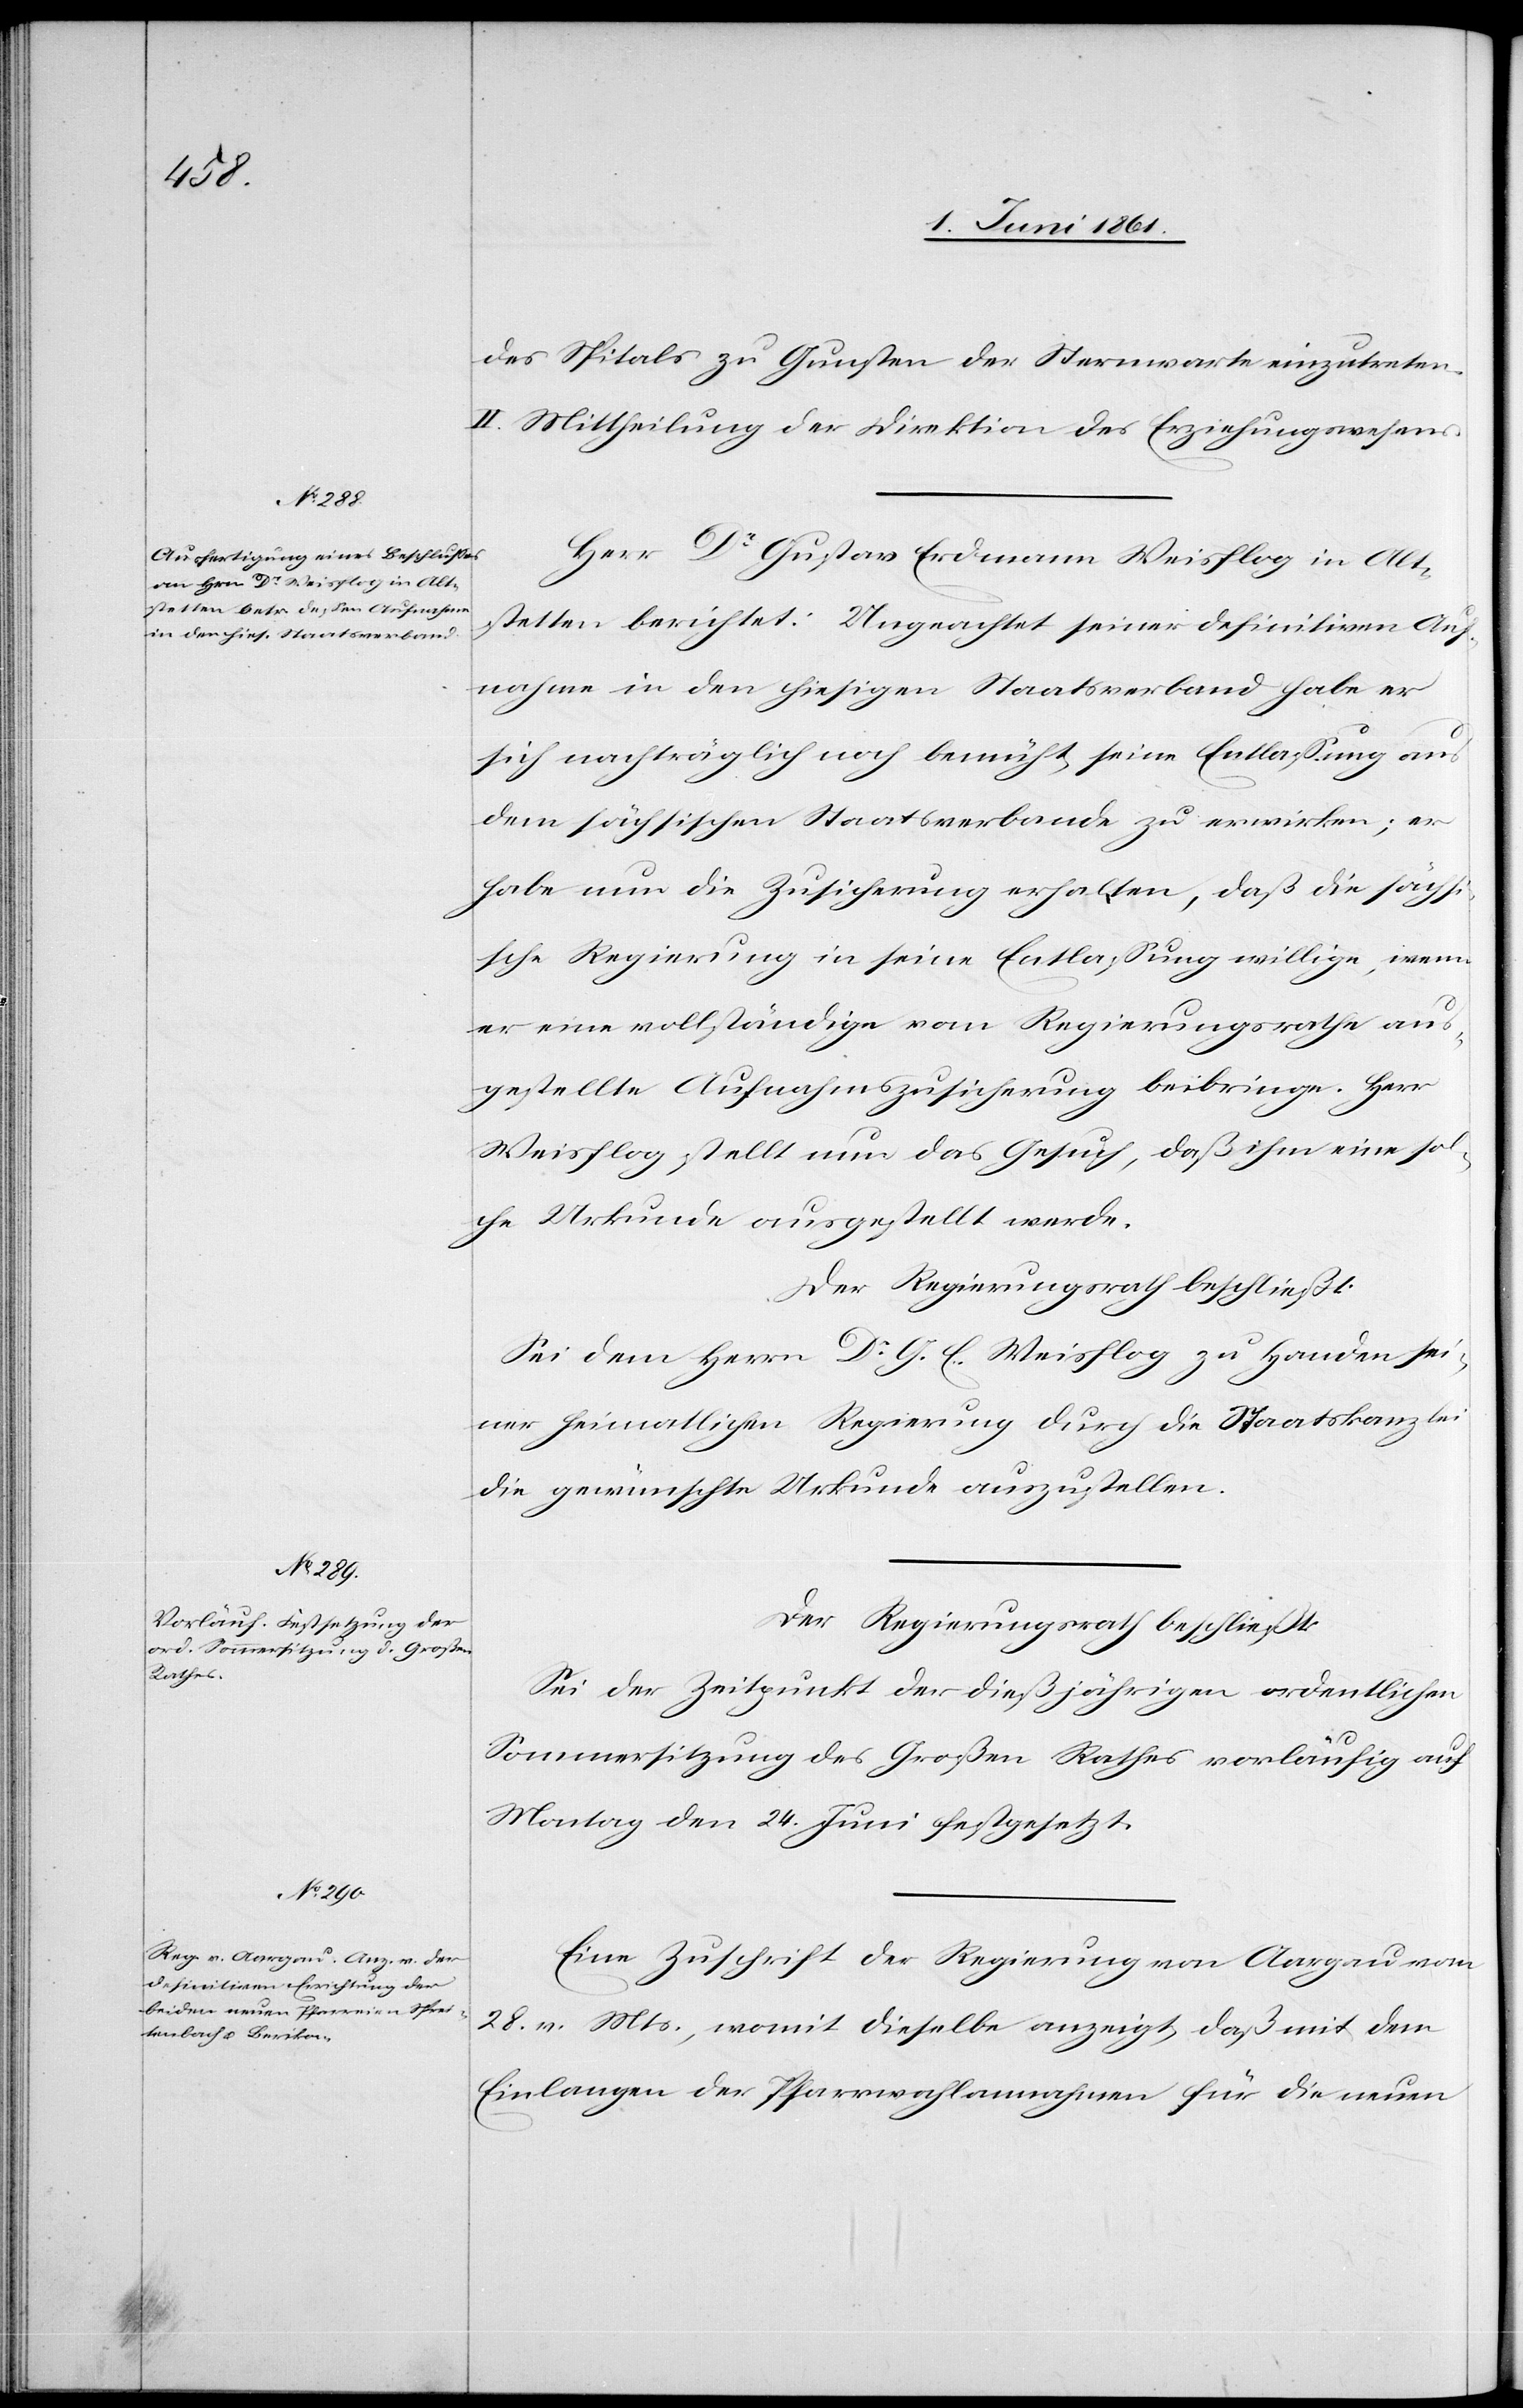
des Spitals zu Gunsten der Sternwarte einzutreten.
II. Mittheilung der Direktion des Erziehungswesens.
Herr Dr. Gustav Erdmann Weisflog in Alt¬
stetten berichtet: Ungeachtet seiner definitiven Auf¬
nahme in den hiesigen Staatsverband habe er
sich nachträglich noch bemüht, seine Entlassung aus
dem sächsischen Staatsverbande zu erwirken; er
habe nun die Zusicherung erhalten, daß die sächsi¬
sche Regierung in seine Entlassung willige, wenn
er eine vollständige vom Regierungsrathe aus¬
gestellte Aufnahmszusicherung beibringe. Herr
Weisflog stellt nun das Gesuch, daß ihm eine sol¬
che Urkunde ausgestellt werde.
Der Regierungsrath beschließt:
Sei dem Herr Dr. G. E. Weisflog zu Handen sei¬
ner heimatlichen Regierung durch die Staatskanzlei
die gewünschte Urkunde auszustellen.
Der Regierungsrath beschließt:
Sei der Zeitpunkt der dießjährigen ordentlichen
Sommersitzung des Großen Rathes vorläufig auf
Monat den 24. Juni festgesetzt.
Eine Zuschrift der Regierung von Aargau vom
28. v. Mts., womit dieselbe anzeigt, daß mit dem
Einlangen der Pfarrwahlannahmen für die neuen